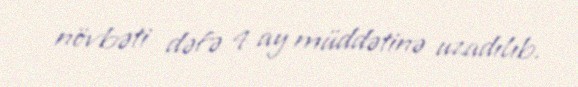
növbəti dəfə 4 ay müddətinə uzadılıb.